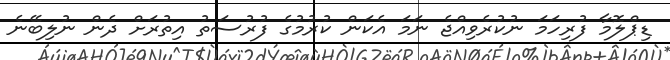
ޑިޕްލޮމާ ފުރިހަމަ ނުކުރެވިއްޖެ ނަމަ އެކަން ކުރުމުގެ ފުރުސަތު އިތުރަށް ދެން ނުލިބޭނެ